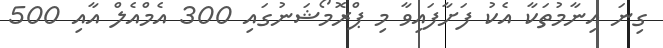
ގިނަ އިނާމުތަކާ އެކު ފަށާފައިވާ މި ޕްރޮމޯޝަނުގައި 300 އެމްއެލް އާއި 500